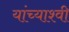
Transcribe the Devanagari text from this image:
यांच्याश्वी